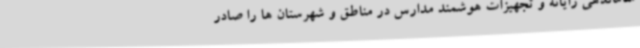
ساماندهی رایانه و تجهیزات هوشمند مدارس در مناطق و شهرستان ها را صادر